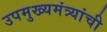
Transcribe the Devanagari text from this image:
उपमुख्यमंत्र्यांची